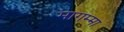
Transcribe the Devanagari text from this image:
मागम्मा